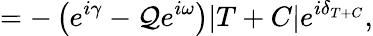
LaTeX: =-\left(e^{i\gamma}-\mathcal{Q}e^{i\omega}\right)|T+C|e^{i\delta_{T+C}},